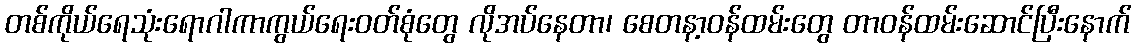
တစ်ကိုယ်ရေသုံးရောဂါကာကွယ်ရေးဝတ်စုံတွေ လိုအပ်နေတာ၊ စေတနာ့ဝန်ထမ်းတွေ တာဝန်ထမ်းဆောင်ပြီးနောက်